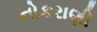
નોકરાણી